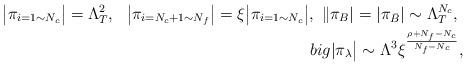
LaTeX: \begin{align*}\big|\pi_{i=1 \sim N_c} \big| = \Lambda_T^2, \ \ \big|\pi_{i=N_c+1 \sim N_f} \big| = \xi\big|\pi_{i=1 \sim N_c} \big| , \ \|\pi_B| = |\pi_{\bar B}| \sim \Lambda_T^{N_c}, \ \\big|\pi_\lambda\big| \sim \Lambda^3\xi^{\frac{\rho+N_f-N_c}{N_f-N_c}},\end{align*}